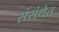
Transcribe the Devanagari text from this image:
संसंथेत